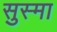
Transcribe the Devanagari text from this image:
सुस्मा